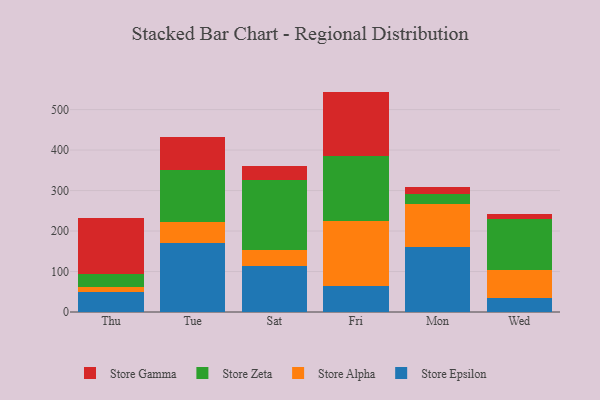
{"axis": {"x": "Day", "y": "Budget (USD K)"}, "legend": ["Store Alpha", "Store Epsilon", "Store Gamma", "Store Zeta"], "data": [{"x": "Thu", "y": 49.0, "type": "Store Epsilon"}, {"x": "Thu", "y": 13.7, "type": "Store Alpha"}, {"x": "Thu", "y": 31.4, "type": "Store Zeta"}, {"x": "Thu", "y": 138.6, "type": "Store Gamma"}, {"x": "Tue", "y": 170.6, "type": "Store Epsilon"}, {"x": "Tue", "y": 50.7, "type": "Store Alpha"}, {"x": "Tue", "y": 130.1, "type": "Store Zeta"}, {"x": "Tue", "y": 80.9, "type": "Store Gamma"}, {"x": "Sat", "y": 113.5, "type": "Store Epsilon"}, {"x": "Sat", "y": 40.5, "type": "Store Alpha"}, {"x": "Sat", "y": 172.6, "type": "Store Zeta"}, {"x": "Sat", "y": 35.0, "type": "Store Gamma"}, {"x": "Fri", "y": 63.9, "type": "Store Epsilon"}, {"x": "Fri", "y": 161.4, "type": "Store Alpha"}, {"x": "Fri", "y": 160.3, "type": "Store Zeta"}, {"x": "Fri", "y": 158.8, "type": "Store Gamma"}, {"x": "Mon", "y": 161.0, "type": "Store Epsilon"}, {"x": "Mon", "y": 104.6, "type": "Store Alpha"}, {"x": "Mon", "y": 26.1, "type": "Store Zeta"}, {"x": "Mon", "y": 16.3, "type": "Store Gamma"}, {"x": "Wed", "y": 34.3, "type": "Store Epsilon"}, {"x": "Wed", "y": 69.4, "type": "Store Alpha"}, {"x": "Wed", "y": 125.2, "type": "Store Zeta"}, {"x": "Wed", "y": 12.2, "type": "Store Gamma"}]}